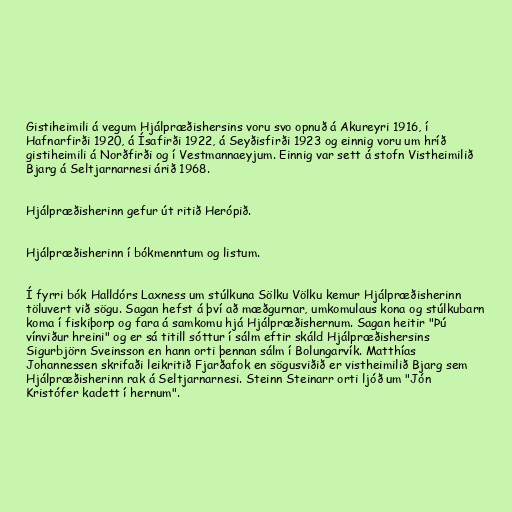
Gistiheimili á vegum Hjálpræðishersins voru svo opnuð á Akureyri 1916, í
Hafnarfirði 1920, á Ísafirði 1922, á Seyðisfirði 1923 og einnig voru um hríð
gistiheimili á Norðfirði og í Vestmannaeyjum. Einnig var sett á stofn Vistheimilið
Bjarg á Seltjarnarnesi árið 1968.

Hjálpræðisherinn gefur út ritið Herópið.

Hjálpræðisherinn í bókmenntum og listum.

Í fyrri bók Halldórs Laxness um stúlkuna Sölku Völku kemur Hjálpræðisherinn
töluvert við sögu. Sagan hefst á því að mæðgurnar, umkomulaus kona og stúlkubarn
koma í fiskiþorp og fara á samkomu hjá Hjálpræðishernum. Sagan heitir "Þú
vínviður hreini" og er sá titill sóttur í sálm eftir skáld Hjálpræðishersins
Sigurbjörn Sveinsson en hann orti þennan sálm í Bolungarvík. Matthías
Johannessen skrifaði leikritið Fjarðafok en sögusviðið er vistheimilið Bjarg sem
Hjálpræðisherinn rak á Seltjarnarnesi. Steinn Steinarr orti ljóð um "Jón
Kristófer kadett í hernum".